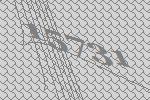
15731